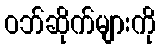
ဝဘ်ဆိုက်များကို